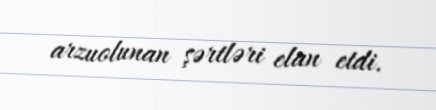
arzuolunan şərtləri elan etdi.